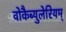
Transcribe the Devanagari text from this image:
वोकैब्युलेरियम्